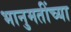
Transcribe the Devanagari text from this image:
भानुमतींच्या